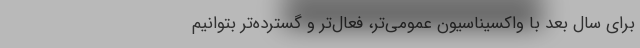
برای سال بعد با واکسیناسیون عمومی‌تر، فعال‌تر و گسترده‌تر بتوانیم